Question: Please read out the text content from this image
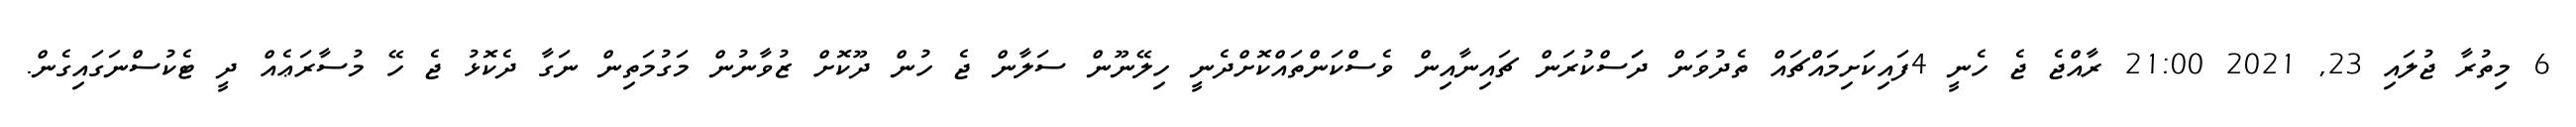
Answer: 6 މިތުރާ ޖުލައި 23, 2021 21:00 ރާއްޖެ ޖެ ހެނީ 4ފައިކަށިމައްޗައް ތެދުވަން ދަަސްކުރަން ޗައިނާއިން ވެސްކަންތައްކޮށްދެނީ ހިލޭނޫން ސަލާން ޖެ ހުން ދޫކޮށް ޒުވާނުން މަގުމަތިން ނަގާ ދެކޮޅު ޖެ ހޭ މުސާރަޢެއް ދީ ޓެކުސްނަގައިގެން.